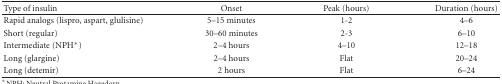
<table><thead><tr><td><b>Type of insulin</b></td><td><b> Onset</b></td><td><b>Peak (hours)</b></td><td><b>Duration (hours)</b></td></tr></thead><tbody><tr><td>Rapid analogs (lispro, aspart, glulisine)</td><td>5–15 minutes</td><td>1-2</td><td>4–6</td></tr><tr><td>Short (regular)</td><td>30–60 minutes</td><td>2-3</td><td>6–10</td></tr><tr><td>Intermediate (NPH*)</td><td>2–4 hours</td><td>4–10</td><td>12–18</td></tr><tr><td>Long (glargine)</td><td>2–4 hours</td><td>Flat</td><td>20–24</td></tr><tr><td>Long (detemir)</td><td>2 hours</td><td>Flat</td><td>6–24</td></tr></tbody></table>